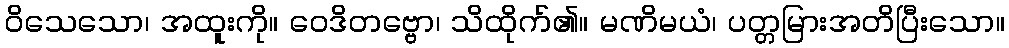
ဝိသေသော၊ အထူးကို။ ဝေဒိတဗ္ဗော၊ သိထိုက်၏။ မဏိမယံ၊ ပတ္တမြားအတိပြီးသော။